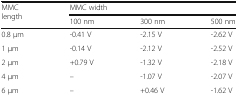
<table><thead><tr><td rowspan="2"><b>MMC length</b></td><td colspan="3"><b>MMC width</b></td></tr><tr><td><b>100 nm</b></td><td><b>300 nm</b></td><td><b>500 nm</b></td></tr></thead><tbody><tr><td>0.8 μm</td><td>-0.41 V</td><td>-2.15 V</td><td>-2.62 V</td></tr><tr><td>1 μm</td><td>-0.14 V</td><td>-2.12 V</td><td>-2.52 V</td></tr><tr><td>2 μm</td><td>+0.79 V</td><td>-1.32 V</td><td>-2.18 V</td></tr><tr><td>4 μm</td><td>–</td><td>-1.07 V</td><td>-2.07 V</td></tr><tr><td>6 μm</td><td>–</td><td>+0.46 V</td><td>-1.62 V</td></tr></tbody></table>